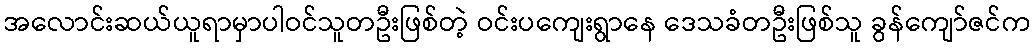
အလောင်းဆယ်ယူရာမှာပါဝင်သူတဦးဖြစ်တဲ့ ဝင်းပကျေးရွာနေ ဒေသခံတဦးဖြစ်သူ ခွန်ကျော်ဇင်က